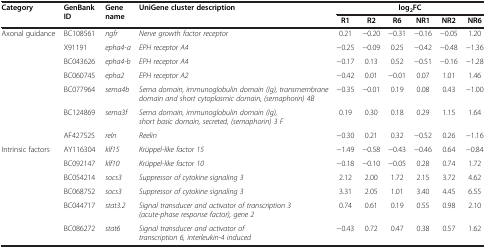
| Category | <ROWSPAN=2> GenBank ID | <ROWSPAN=2> Gene name | UniGene cluster description | <COLSPAN=6> log2FC |
 |  |  |  | R1 | R2 | R6 | NR1 | NR2 | NR6 |
 | --- | --- | --- | --- | --- | --- | --- | --- | --- | --- |
 | Axonal guidance | BC108561 | ngfr | Nerve growth factor receptor | 0.21 | -0.20 | -0.31 | -0.16 | -0.05 | 1.20 |
 |  | X91191 | epha4-a | EPH receptor A4 | -0.25 | -0.09 | 0.25 | -0.42 | -0.48 | -1.36 |
 |  | BC043626 | epha4-b | EPH receptor A4 | -0.17 | 0.13 | 0.52 | -0.51 | -0.16 | -1.28 |
 |  | BC060745 | epha2 | EPH receptor A2 | -0.42 | 0.01 | -0.01 | 0.07 | 1.01 | 1.46 |
 |  | BC077964 | sema4b | Sema domain, immunoglobulin domain (Ig), transmembrane domain and short cytoplasmic domain, (semaphorin) 4B | -0.35 | -0.01 | 0.19 | 0.08 | 0.43 | -1.00 |
 |  | BC124869 | sema3f | Sema domain, immunoglobulin domain (Ig), short basic domain, secreted, (semaphorin) 3 F | 0.19 | 0.30 | 0.18 | 0.29 | 1.15 | 1.64 |
 |  | AF427525 | reln | Reelin | -0.30 | 0.21 | 0.32 | -0.52 | 0.26 | -1.16 |
 | Intrinsic factors | AY116304 | klf15 | Krüppel-like factor 15 | -1.49 | -0.58 | -0.43 | -0.46 | 0.64 | -0.84 |
 |  | BC092147 | klf10 | Krüppel-like factor 10 | -0.18 | -0.10 | -0.05 | 0.28 | 0.74 | 1.72 |
 |  | BC054214 | socs3 | Suppressor of cytokine signaling 3 | 2.12 | 2.00 | 1.72 | 2.15 | 3.72 | 4.62 |
 |  | BC068752 | socs3 | Suppressor of cytokine signaling 3 | 3.31 | 2.05 | 1.01 | 3.40 | 4.45 | 6.55 |
 |  | BC044717 | stat3.2 | Signal transducer and activator of transcription 3 (acute-phase response factor), gene 2 | 0.74 | 0.61 | 0.19 | 0.55 | 0.98 | 2.10 |
 |  | BC086272 | stat6 | Signal transducer and activator of transcription 6, interleukin-4 induced | -0.43 | 0.72 | 0.47 | 0.38 | 0.57 | 1.62 |